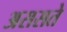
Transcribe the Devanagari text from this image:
अससते